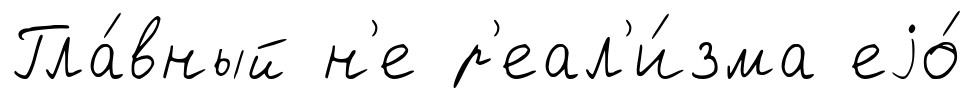
Гла́вный н'е р'еал'и́зма еjо́